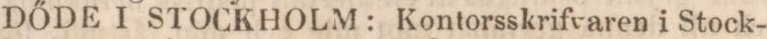
DŐDE I STOCKHOLM: Kontorsskrifvaren i Stock-